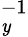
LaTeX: _\mathit{y}^{-1}